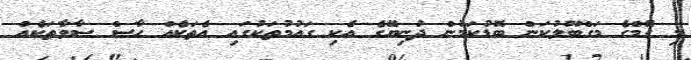
މި ގޭމްގެ މަގްބޫލުކަން ބޮޑުކަމުން ދުނިޔޭގެ އެކި ގައުމުތަކުގައި އެތަކެއް ހާސް ސާވާތަކެއް